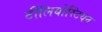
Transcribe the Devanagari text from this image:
टीलियोस्टियन